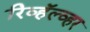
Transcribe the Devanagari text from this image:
रिव्हॅल्व्हर